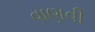
વાણવી